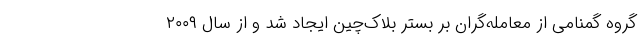
گروه گمنامی از معامله‌گران بر بستر بلاک‌چین ایجاد شد و از سال ۲۰۰۹